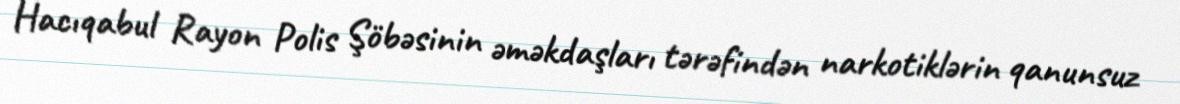
Hacıqabul Rayon Polis Şöbəsinin əməkdaşları tərəfindən narkotiklərin qanunsuz